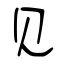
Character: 见